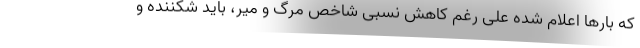
که بارها اعلام شده علی رغم کاهش نسبی شاخص مرگ و میر، باید شکننده و